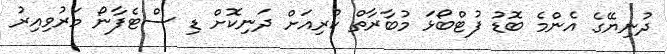
ދުނިޔޭގެ އެންމެ ބޮޑު ފުޓްބޯޅަ މުބާރާތް ކުރިއަށް ދަނިކޮށް ޑި ސްޓެފާނޯ މަރުވިއިރު